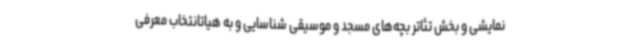
نمایشی و بخش تئاتر بچه‌های مسجد و موسیقی شناسایی و به هیاتانتخاب معرفی